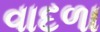
વાદળા